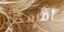
أمامكم